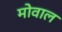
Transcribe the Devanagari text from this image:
मोवाल